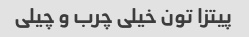
پیتزا تون خیلی چرب و چیلی